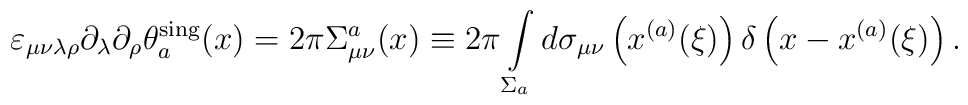
\varepsilon_{\mu\nu\lambda\rho}\partial_\lambda\partial_\rho\theta_a^{\rm sing}(x)=2\pi\Sigma_{\mu\nu}^a(x)\equiv 2\pi\int\limits_{\Sigma_a}^{}d\sigma_{\mu\nu}\left(x^{(a)}(\xi)\right)\delta\left(x-x^{(a)}(\xi)\right).